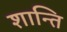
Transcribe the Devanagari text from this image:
शान्‍ति